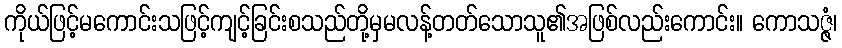
ကိုယ်ဖြင့်မကောင်းသဖြင့်ကျင့်ခြင်းစသည်တို့မှမလန့်တတ်သောသူ၏အဖြစ်လည်းကောင်း။ ကောသဇ္ဇံ၊